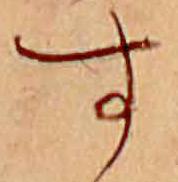
す